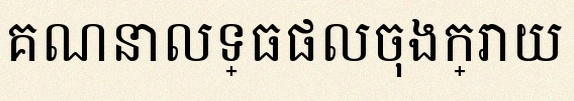
គណនាលទ្ធផលចុងក្រោយ